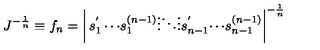
J ^ { - { \frac { 1 } { n } } } \equiv f _ { n } = \left| \begin{matrix} { s _ { 1 } ^ { ' } } & { \cdots } & { s _ { 1 } ^ { ( n - 1 ) } } \\ { \vdots } & { \ddots } & { \vdots } \\ { s _ { n - 1 } ^ { ' } } & { \cdots } & { s _ { n - 1 } ^ { ( n - 1 ) } } \\ \end{matrix} \right| ^ { - { \frac { 1 } { n } } }